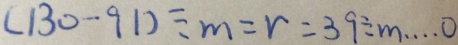
( 1 3 0 - 9 1 ) \div m = r = 3 9 \div m \cdots 0